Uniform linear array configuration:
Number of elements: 16
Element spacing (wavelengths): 0.5
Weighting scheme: binomial
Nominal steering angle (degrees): -15
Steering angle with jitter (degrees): -16.132
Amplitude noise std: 0.05
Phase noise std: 0.05

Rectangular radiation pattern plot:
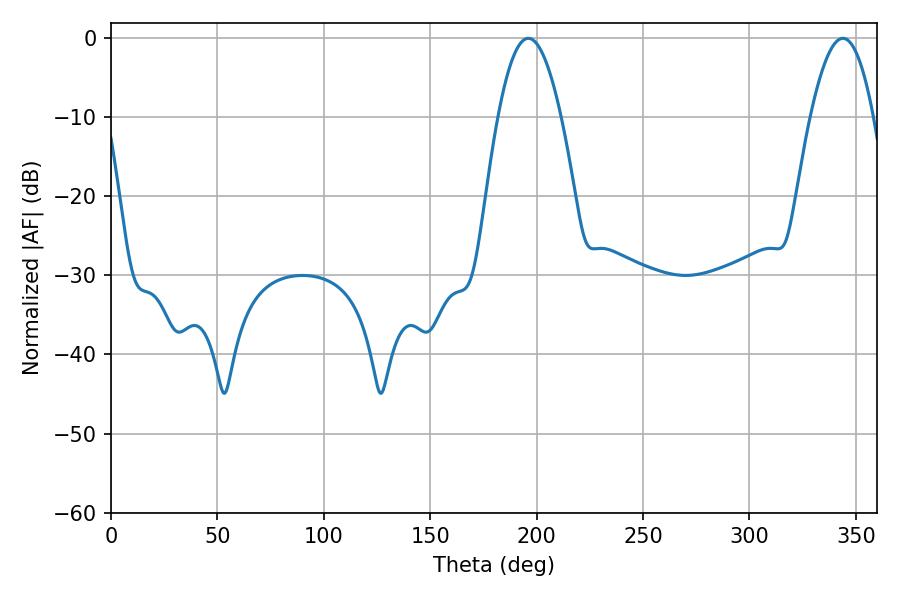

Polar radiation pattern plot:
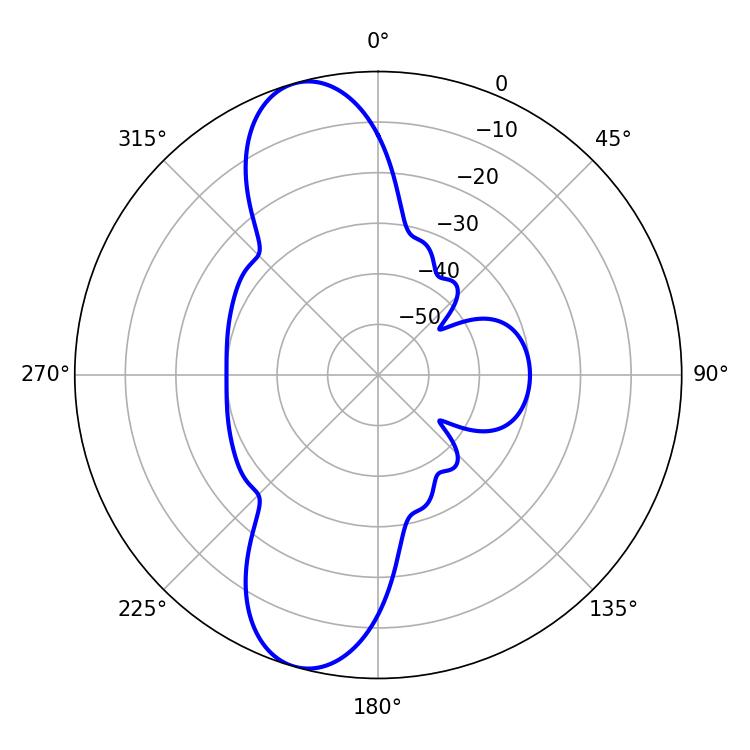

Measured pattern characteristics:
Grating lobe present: FALSE
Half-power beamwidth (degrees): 16.2
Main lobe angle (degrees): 196.02